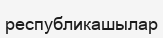
республикашылар